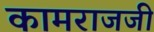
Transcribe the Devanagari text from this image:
कामराजजी